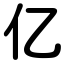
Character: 亿